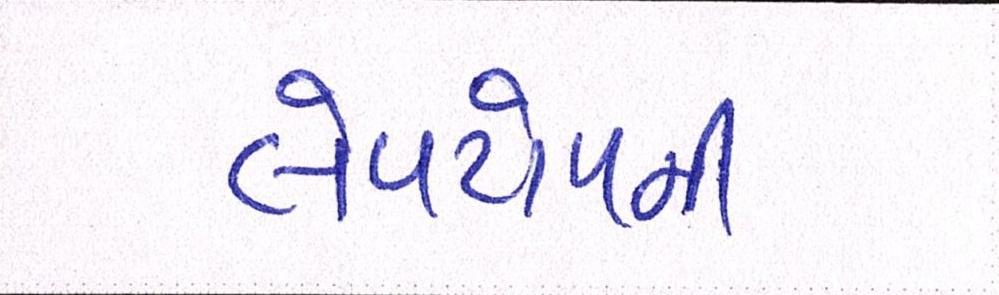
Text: લેપટોપની